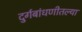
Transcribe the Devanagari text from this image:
दुर्गबांधणीतल्या